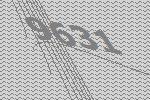
9631